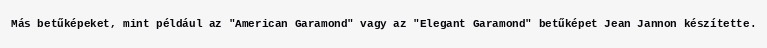
Más betűképeket, mint például az "American Garamond" vagy az "Elegant Garamond" betűképet Jean Jannon készítette.